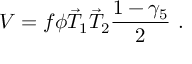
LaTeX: V = f \phi \vec { T } _ { 1 } \vec { T } _ { 2 } \frac { 1 - \gamma _ { 5 } } { 2 } ~ .